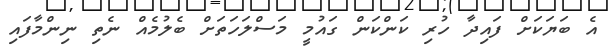
އެ ބަޔަކަށް ފައިދާ ހުރި ކަންކަން ގައުމީ މަސްލަހަތަށް ބެލުމެއް ނެތި ނިންމާފައި